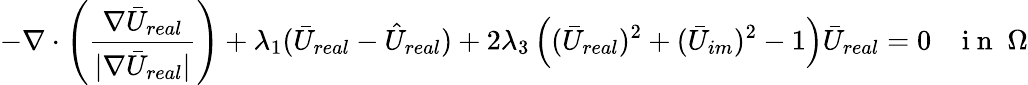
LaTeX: -\nabla\cdot\left(\frac{\nabla\bar{U}_{real}}{|\nabla\bar{U}_{real}|}\right)+\lambda_{1}(\bar{U}_{real}-\hat{U}_{real})+2\lambda_{3}\left((\bar{U}_{real})^{2}+(\bar{U}_{im})^{2}-1\right)\bar{U}_{real}=0\; \; \; \mathrm{~i~n~}\; \Omega